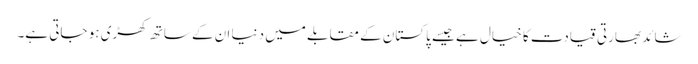
شائد بھارتی قیادت کا خیال ہے جیسے پاکستان کے مقابلے میں دنیا ان کے ساتھ کھڑی ہو جاتی ہے۔